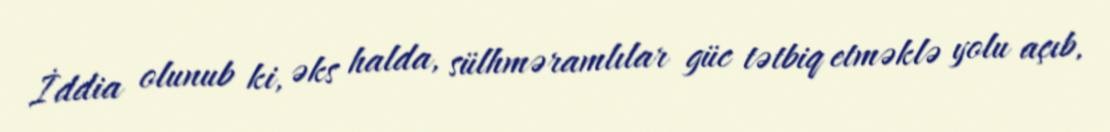
İddia olunub ki, əks halda, sülhməramlılar güc tətbiq etməklə yolu açıb,